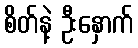
စိတ်နဲ့ ဦးနှောက်